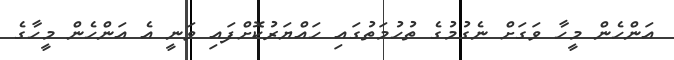
އަންހެން މީހާ ވަގަށް ނެގުމުގެ ތުހުމަތުގައި ހައްޔަރުކޮށްފައި ވަނީ އެ އަންހެން މީހާގެ